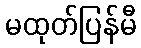
မထုတ်ပြန်မီ